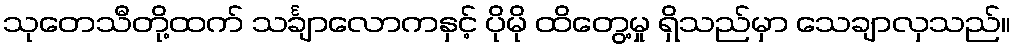
သုတေသီတို့ထက် သင်္ချာလောကနှင့် ပိုမို ထိတွေ့မှု ရှိသည်မှာ သေချာလှသည်။